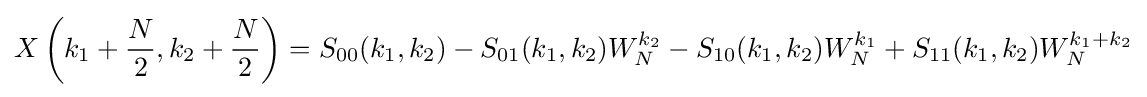
X\left(k_{1}+{\frac {N}{2}},k_{2}+{\frac {N}{2}}\right)=S_{00}(k_{1},k_{2})-S_{01}(k_{1},k_{2})W_{N}^{k_{2}}-S_{10}(k_{1},k_{2})W_{N}^{k_{1}}+S_{11}(k_{1},k_{2})W_{N}^{k_{1}+k_{2}}